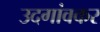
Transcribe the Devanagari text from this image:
उदगांवकर